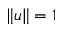
\| u \| = 1